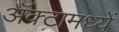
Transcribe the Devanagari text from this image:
अॅक्टामध्यें